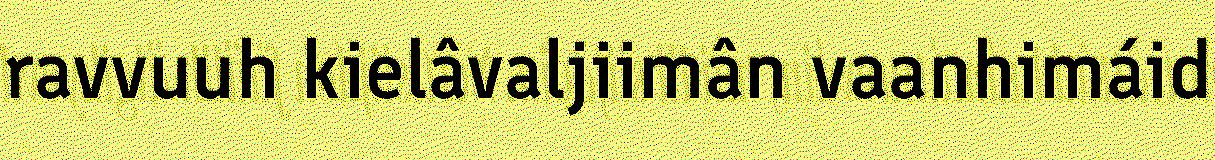
ravvuuh kielâvaljiimân vaanhimáid